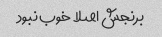
برنجش اصلا خوب نبود